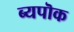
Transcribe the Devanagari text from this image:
ब्यपॊक